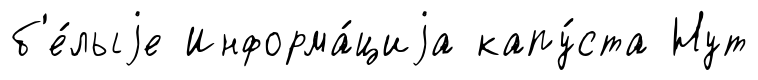
б'е́лыjе Информа́циjа капу́ста Нут